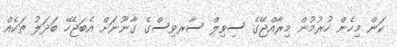
ކަން މިހެން ހުރުމުން މިރާއްޖޭގެ ސިވިލް ސާރވިސްގެ ގާނޫނަށް އެބަޖެހޭ ބަދަލު ތަކެއް